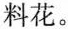
料花。